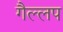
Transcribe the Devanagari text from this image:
गैल्लप